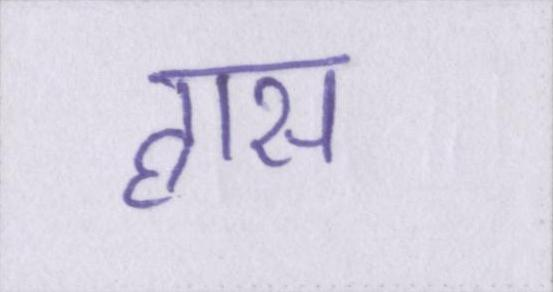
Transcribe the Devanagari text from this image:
ह्रास